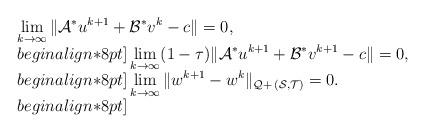
LaTeX: \begin{align*}\begin{array}{ll}\displaystyle \lim_{k\to\infty} \|\mathcal{A}^*u^{k+1} + \mathcal{B}^*v^{k} - c\|= 0, \\begin{align*}8pt]\displaystyle\lim_{k\to\infty} (1-\tau)\|\mathcal{A}^*u^{k+1} + \mathcal{B}^*v^{k+1} - c\|= 0, \\begin{align*}8pt]\displaystyle \lim_{k\to\infty} \|w^{k+1} - w^k\|_{\mathcal{Q}+\,(\mathcal{S}, \mathcal{T})} = 0.\\begin{align*}8pt]\end{array}\end{align*}